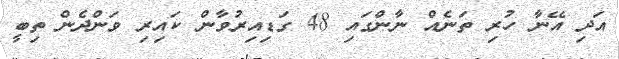
އަދި އޭނާ ހުރި ތަނެއް ނާންގައި 48 ގަޑިއިރުވާން ކައިރި ވަންދެން ތިބީ